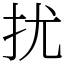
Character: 扰